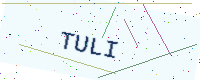
Text: TULI